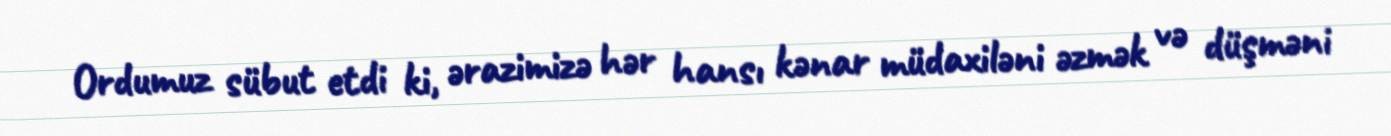
Ordumuz sübut etdi ki, ərazimizə hər hansı kənar müdaxiləni əzmək və düşməni